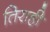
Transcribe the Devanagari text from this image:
तिराही